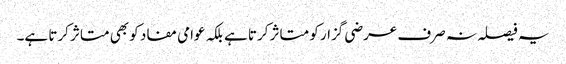
یہ فیصلہ نہ صرف عرضی گزار کو متاثر کرتا ہے بلکہ عوامی مفاد کو بھی متاثر کرتا ہے۔